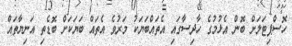
ހޮސްޕިޓަލަށް ބޮން އެޅުމުގެ ހާދިސާގައި އެތައްބަޔަކު މަރުވެ އެތައް ބަޔަކަށް ބޮޑެތި އަނިޔާތައް